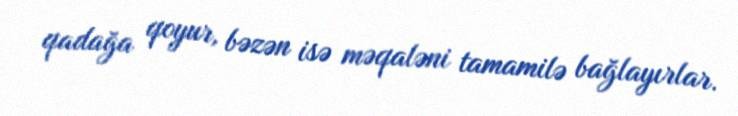
qadağa qoyur, bəzən isə məqaləni tamamilə bağlayırlar.